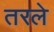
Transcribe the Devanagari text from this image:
तरले